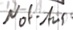
Text: Not-Aus